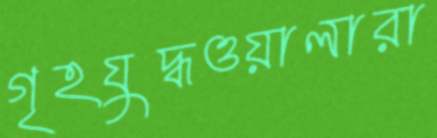
গৃহযুদ্ধওয়ালারা